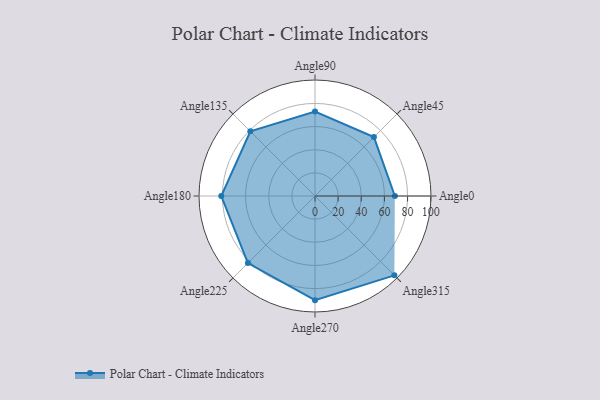
{"axis": {"x": "Angle", "y": "Radius"}, "legend": [""], "data": [{"x": "Angle0", "y": 69.0, "type": ""}, {"x": "Angle45", "y": 72.0, "type": ""}, {"x": "Angle90", "y": 73.0, "type": ""}, {"x": "Angle135", "y": 79.0, "type": ""}, {"x": "Angle180", "y": 81.0, "type": ""}, {"x": "Angle225", "y": 82.0, "type": ""}, {"x": "Angle270", "y": 90.0, "type": ""}, {"x": "Angle315", "y": 97.0, "type": ""}]}